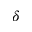
\delta